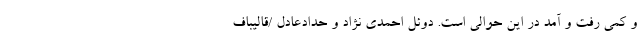
و کمی رفت و آمد در این حوالی است. دوئل احمدی نژاد و حدادعادل /قالیباف